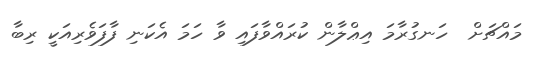
މައްޗަށް  ހަނގުރާމަ އިޢްލާން ކުރައްވާފައި ވާ ހަމަ އެކަނި ފާފަވެރިއަކީ ރިބާ